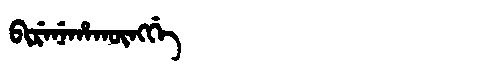
Manchu: ᠪᡳᡵᡝᠨᡝᡥᠠᡴᡡᠩᡤᡝ
Romanization: BIRENEHAKŪNGGE